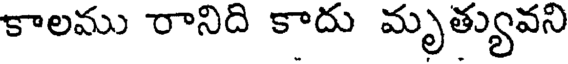
కాలము రానిది కాదు మృత్యువని